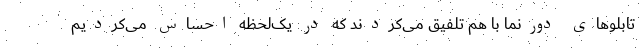
تابلوهای دورنما با هم تلفیق می‌کردند که در یک‌لحظه احساس می‌کردیم